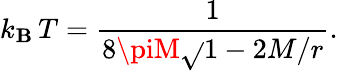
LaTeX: k_{\mathbf{B}}\, T={\frac{{1}}{{8\piM\sqrt{}{{1-2M/r}}}}}.